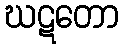
ဃဋတော